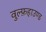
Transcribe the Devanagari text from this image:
वुल्फ़हाउण्ड